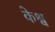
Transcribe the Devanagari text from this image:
केश्व